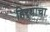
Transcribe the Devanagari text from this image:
हिर्‍यांचा